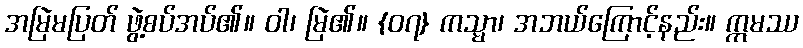
အမြဲမပြတ် ဖွဲ့စပ်အပ်၏။ ဝါ၊ မြဲ၏။ {၀၇} ကသ္မာ၊ အဘယ်ကြောင့်နည်း။ ဣမဿ